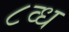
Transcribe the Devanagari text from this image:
८व्ध